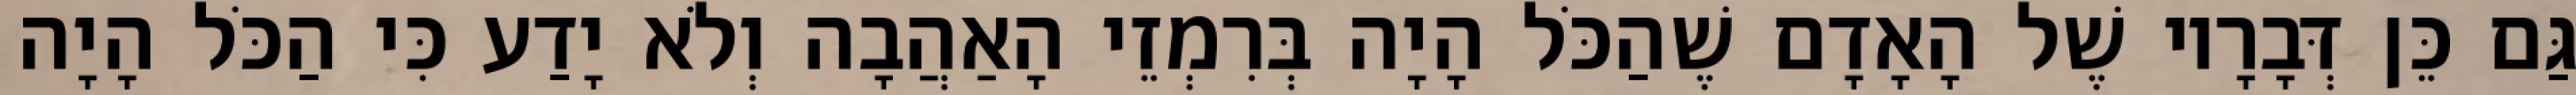
גַּם כֵּן דְּבָרָיו שֶׁל הָאָדָם שֶׁהַכֹּל הָיָה בְּרִמְזֵי הָאַהֲבָה וְלֹא יָדַע כִּי הַכֹּל הָיָה